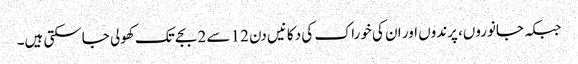
جبکہ جانوروں، پرندوں اور ان کی خوراک کی دکانیں دن 12 سے 2 بجے تک کھولی جاسکتی ہیں۔